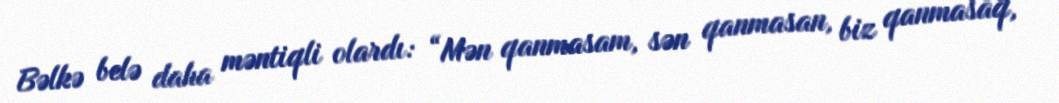
Bəlkə belə daha məntiqli olardı: “Mən qanmasam, sən qanmasan, biz qanmasaq,